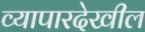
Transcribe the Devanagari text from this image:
व्यापारदेखील